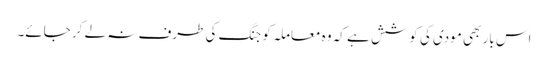
اس بار بھی مودی کی کوشش ہے کہ وہ معاملہ کو جنگ کی طرف نہ لے کر جائے۔